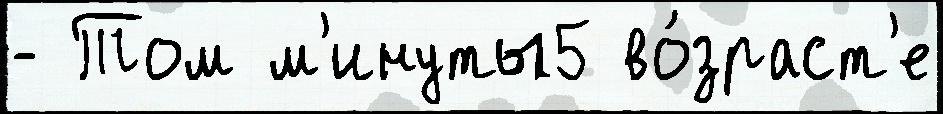
- Том м'инуты5 во́зраст'е